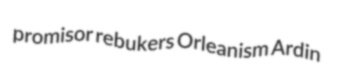
promisor rebukers Orleanism Ardin